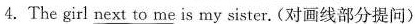
4.The girl \underline{next to me} is my sister. (对画线部分提问)